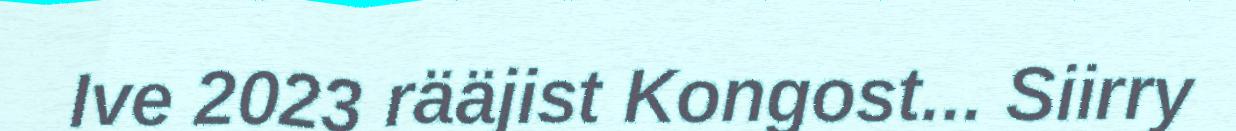
Ive 2023 rääjist Kongost... Siirry